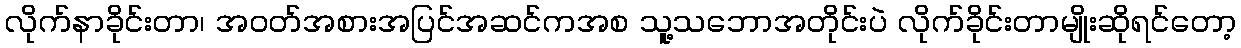
လိုက်နာခိုင်းတာ၊ အဝတ်အစားအပြင်အဆင်ကအစ သူ့သဘောအတိုင်းပဲ လိုက်ခိုင်းတာမျိုးဆိုရင်တော့